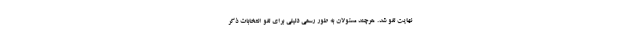
نهایت لغو شد. هرچند مسئولان به طور رسمی دلیلی برای لغو انتخابات ذکر